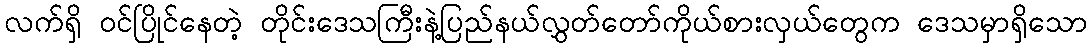
လက်ရှိ ဝင်ပြိုင်နေတဲ့ တိုင်းဒေသကြီးနဲ့ပြည်နယ်လွှတ်တော်ကိုယ်စားလှယ်တွေက ဒေသမှာရှိသော